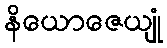
နိယောဇေယျုံ